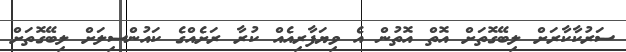
ސަރުކާކާރަށް ލިބޭގޮތަށް އޮތް އޮތުން އެ ވިޔަފާރިއެއް ކުރާ ރަށެއްގެ ކައުންސިލަށް ލިބޭގޮތަށް